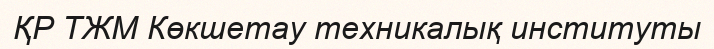
ҚР ТЖМ Көкшетау техникалық институты